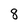
Character: 8